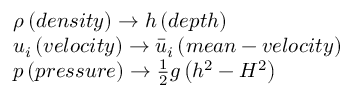
\begin{array} { r l } & { \rho \left( d e n s i t y \right) \to h \left( d e p t h \right) } \\ & { { { u } _ { i } } \left( v e l o c i t y \right) \to { { { \bar { u } } } _ { i } } \left( m e a n - v e l o c i t y \right) } \\ & { p \left( p r e s s u r e \right) \to \frac { 1 } { 2 } g \left( { { h } ^ { 2 } } - { { H } ^ { 2 } } \right) } \end{array}